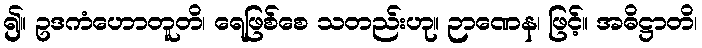
၍။ ဥဒကံဟောတူတိ၊ ရေဖြစ်စေ သတည်းဟု။ ဉာဏေန၊ ဖြင့်။ အဓိဋ္ဌာတိ၊